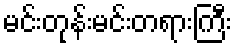
မင်းတုန်းမင်းတရားကြီး